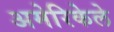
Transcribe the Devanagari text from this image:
अमेरिकेले